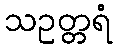
သဥတ္တရံ